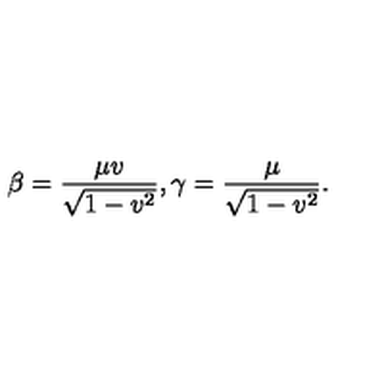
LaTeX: \beta = \frac { \mu v } { \sqrt { 1 - v ^ { 2 } } } , \gamma = \frac { \mu } { \sqrt { 1 - v ^ { 2 } } } .